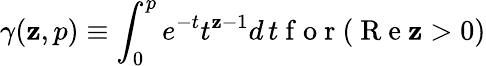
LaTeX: \gamma(\mathbf{z},p)\equiv\int_{0}^{p}e^{-t}t^{\mathbf{z}-1}d\, t\mathrm{{~f~o~r~}}(\mathrm{{~R~e~}}\mathbf{z}>0)